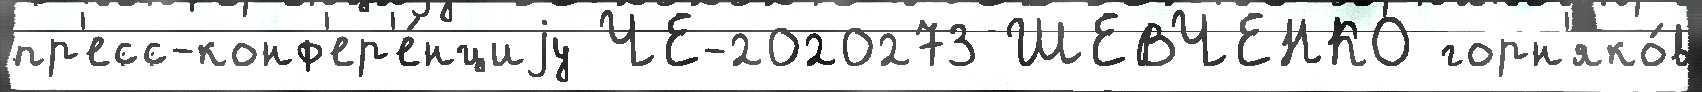
пр'есс-конф'ер'е́нциjу ЧЕ-2020273 ШЕВЧЕНКО горн'яко́в